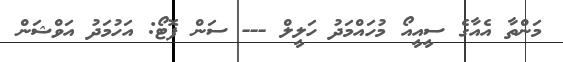
މަންތާ އެއާގެ ސީއީއޯ މުހައްމަދު ހަލީލް --- ސަން ފޮޓޯ: އަހުމަދު އަވްޝަން